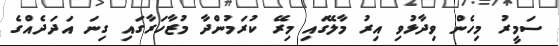
ސަމީރު މިހެން ވިދާޅުވި އިރު މާލޭގައި މިރޭ ކުރަމުންދާ މުޒާހަރާގައި ގިނަ އަދަދެއްގެ